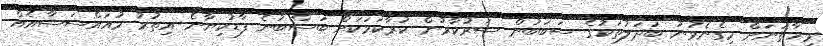
މިހާތަނަށް މިގެނެވުނު ބަދަލުތަކުގެ ސަބަބުން ސަރުކާރުން ކުރާކަމަކަށް ބަސްބުނެ ފާޑުކިޔާނެ އިތުރު މުއައްސަސާއެއް